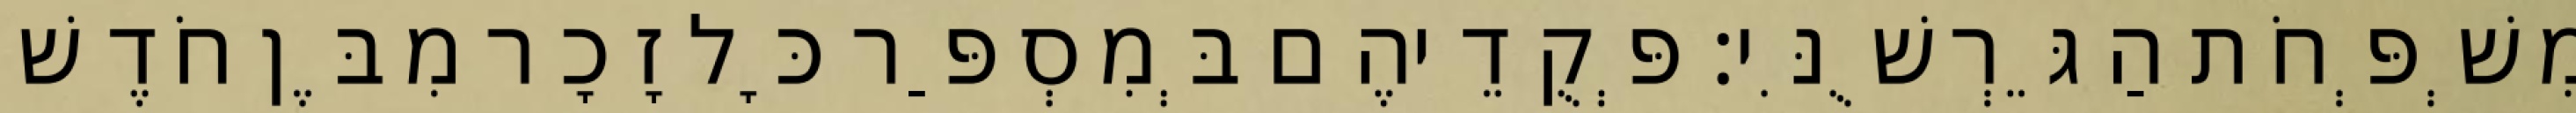
מִשְׁפְּחֹת הַגֵּרְשֻׁנִּי׃ פְּקֻדֵיהֶם בְּמִסְפַּר כָּל זָכָר מִבֶּן חֹדֶשׁ